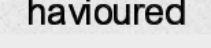
havioured